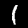
Label: 1